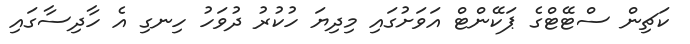
ކަޗިން ސްޓޭޓްގެ ޕަކޭންޓް އަވަށުގައި މިދިޔަ ހުކުރު ދުވަހު ހިނގި އެ ހާދިސާގައި